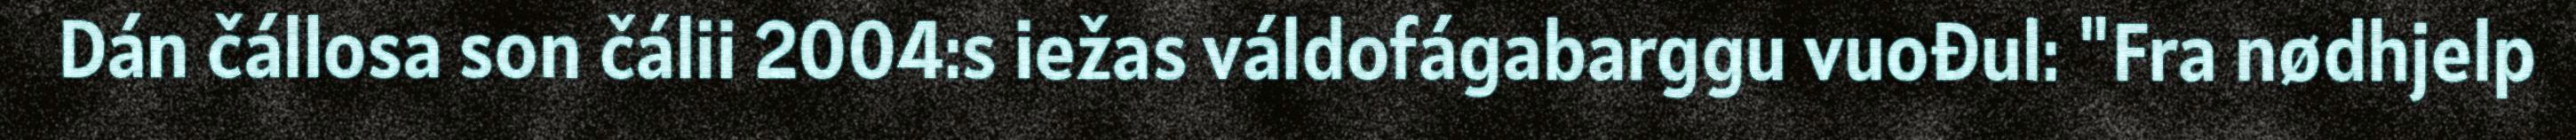
Dán čállosa son čálii 2004:s iežas váldofágabarggu vuođul: "Fra nødhjelp